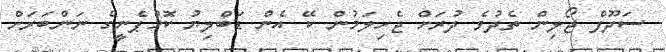
ސަދޫފް ޖޯލިން ތެދުވެ ދުރަށް ޖެހިލަމުން ކޭ އެން ޑަބްލިޔު ކޮމްޕެނީގެ ނަންބަރަށް